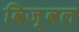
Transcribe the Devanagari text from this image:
विज़्वल